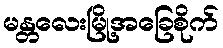
မန္တလေးမြို့အခြေစိုက်